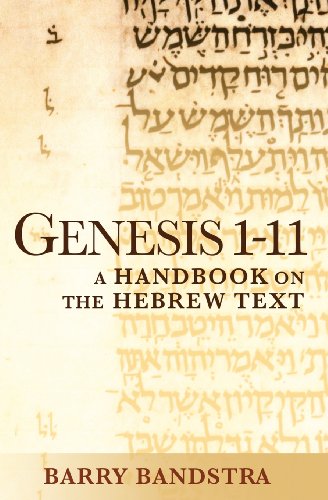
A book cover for Genesis 1-11: A Handbook on the Hebrew Text (Baylor Handbook of the Hebrew Bible); Barry Bandstra; Christian Books & Bibles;